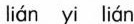
lián yi lián